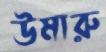
উমারু